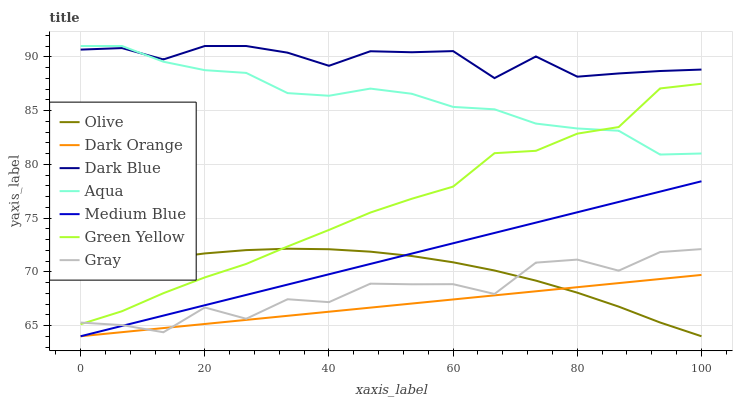
| xaxis_label | Olive | Dark Orange | Dark Blue | Aqua | Medium Blue | Green Yellow | Gray |
 | --- | --- | --- | --- | --- | --- | --- | --- |
 | 0 | 69.7 | 64 | 90.7 | 91 | 64 | 65.1 | 65.3 |
 | 6.67 | 70.6 | 64.4 | 90.8 | 91 | 65 | 66.3 | 65 |
 | 13.3 | 71.2 | 64.8 | 89.8 | 89.5 | 65.9 | 68 | 64.4 |
 | 20 | 71.7 | 65.1 | 91 | 88.8 | 66.9 | 69.5 | 66.7 |
 | 26.7 | 72 | 65.5 | 91 | 88.5 | 67.8 | 70.7 | 65.6 |
 | 33.3 | 72.1 | 65.9 | 90.4 | 86.6 | 68.8 | 72.4 | 67.4 |
 | 40 | 72.1 | 66.3 | 89.2 | 86.4 | 69.8 | 73.9 | 67.2 |
 | 46.7 | 71.9 | 66.7 | 90.5 | 87 | 70.7 | 75.5 | 68.9 |
 | 53.3 | 71.5 | 67 | 90.4 | 86.6 | 71.7 | 76.8 | 68.8 |
 | 60 | 70.9 | 67.4 | 90.5 | 85.3 | 72.6 | 77.9 | 68.8 |
 | 66.7 | 70.1 | 67.8 | 88 | 85.1 | 73.6 | 81 | 67.9 |
 | 73.3 | 69.2 | 68.2 | 90 | 83.8 | 74.6 | 81.3 | 70.8 |
 | 80 | 68.1 | 68.6 | 88.1 | 83.3 | 75.5 | 82.8 | 71.1 |
 | 86.7 | 66.8 | 68.9 | 88.4 | 83.1 | 76.5 | 83.5 | 70.1 |
 | 93.3 | 65.3 | 69.3 | 88.7 | 80.9 | 77.5 | 87.1 | 71.8 |
 | 100 | 64 | 69.7 | 88.8 | 81 | 78.4 | 87.5 | 72.1 |